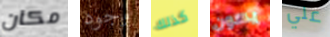
مكان وجود كذلك يكون علي